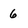
Character: 6